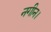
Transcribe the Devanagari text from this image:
नगीन।